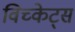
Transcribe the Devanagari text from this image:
विच्केट्स